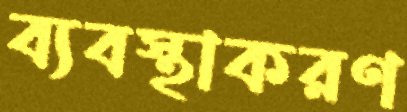
ব্যবস্থাকরণ